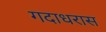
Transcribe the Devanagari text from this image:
गदाधरास